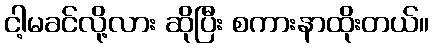
ငါ့မခင်လို့လား ဆိုပြီး စကားနာထိုးတယ်။